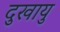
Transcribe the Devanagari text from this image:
दुखायु